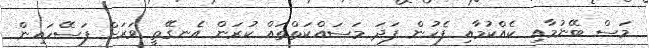
މަސް ބޭނުމާއި ކެއްކުމާއި ފެހުން ފަދަ މަސައްކަތްތައް ކުރަން އެނގޭތީ ވަރަށް ފަސޭހައިން